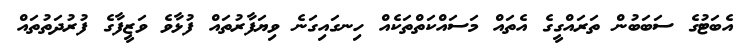
އެބަޓުގެ ސަބަބުން ތަރައްގީގެ އެތައް މަސައްކަތްތަކެއް ހިނގައިގަނެ ވިޔަފާރުތައް ފުޅާވެ ވަޒީފާގެ ފުރުދަތުތައް